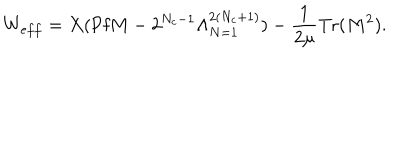
W _ { e f f } = X ( \mathrm { P f } M - 2 ^ { N _ { c } - 1 } \Lambda _ { N = 1 } ^ { 2 ( N _ { c } + 1 ) } ) - \frac { 1 } { 2 \mu } \mathrm { T r } ( M ^ { 2 } ) .